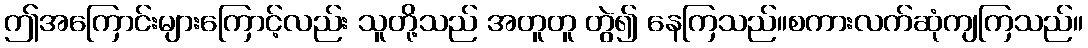
ဤအကြောင်းများကြောင့်လည်း သူတို့သည် အတူတူ တွဲ၍ နေကြသည်။စကားလက်ဆုံကျကြသည်။